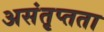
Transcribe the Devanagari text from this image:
असंतृप्तता